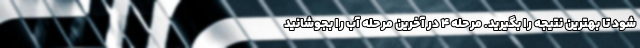
شود تا بهترین نتیجه را بگیرید. مرحله ۴ در آخرین مرحله آب را بجوشانید